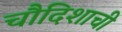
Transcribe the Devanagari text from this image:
चौदिशाची